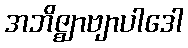
အဘိဇ္ဈာဗျာပါဒေါ